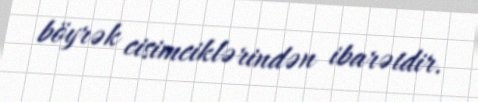
böyrək cisimciklərindən ibarətdir.